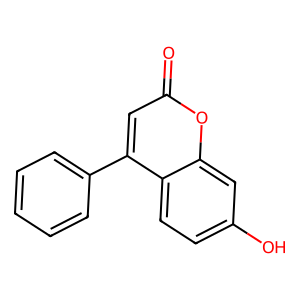
SMILES: O=c1cc(-c2ccccc2)c2ccc(O)cc2o1
Inhibits HIV replication: No